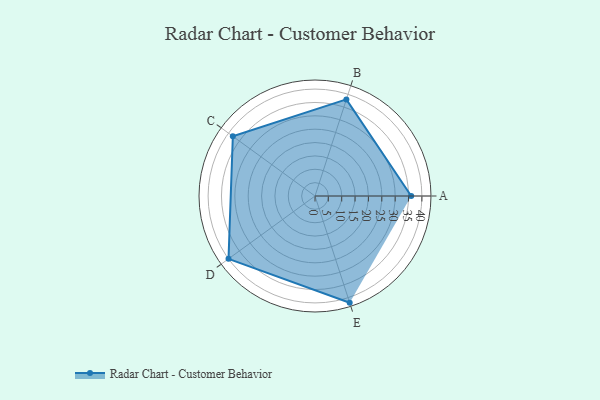
{"axis": {"x": "Skill", "y": "Score"}, "legend": ["Profile"], "data": [{"x": "A", "y": 36.0, "type": "Profile"}, {"x": "B", "y": 38.0, "type": "Profile"}, {"x": "C", "y": 38.0, "type": "Profile"}, {"x": "D", "y": 40.0, "type": "Profile"}, {"x": "E", "y": 42.0, "type": "Profile"}]}